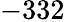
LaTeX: -332